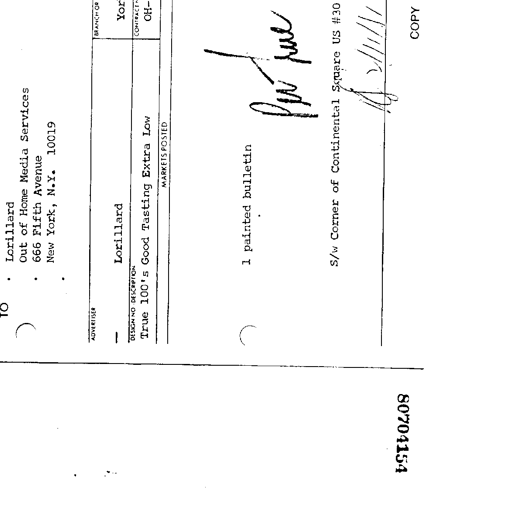
TO
Lorillard
Out of Home Media Services
666 Fifth Avenue
New York, N.Y. 10019
ADVERTISER
Lorillard
BRANCH OR
YOR
DESIGN NO DESCRIPTION
True 100's Good Tasting Extra Low
CONTRACT
OH-
MARKETS POSTED
1 painted bulletin
per rule
S/w Corner of Continental Square US #30
1/11/11
80704154
COPY